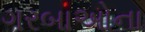
ગરબાઓના